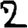
Digit: 2